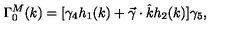
\Gamma _ { 0 } ^ { M } ( k ) = [ \gamma _ { 4 } h _ { 1 } ( k ) + \vec { \gamma } \cdot \hat { k } h _ { 2 } ( k ) ] \gamma _ { 5 } ,